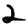
Digit: 2